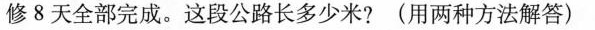
修8天全部完成。这段公路长多少米?(用两种方法解答)